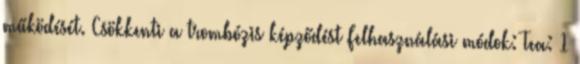
működését. Csökkenti a trombózis képződést Felhasználási módok: Tea: 1